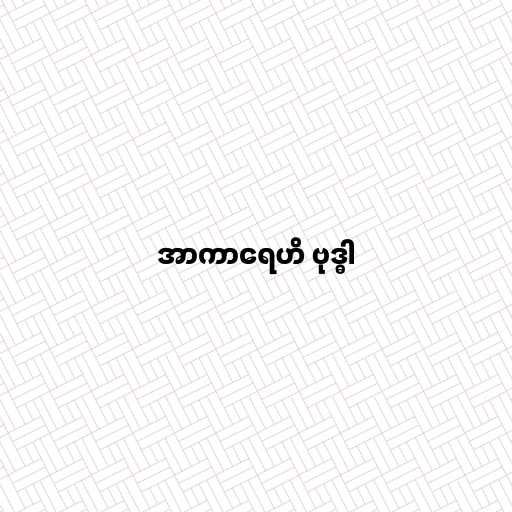
အာကာရေဟိ ဗုဒ္ဓါ